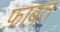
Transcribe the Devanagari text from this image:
फ़ाबत